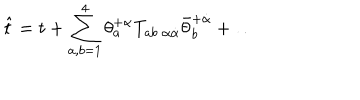
\hat { t } = t + \sum _ { a , b = 1 } ^ { 4 } \theta _ { a } ^ { + \alpha } T _ { a b \; \alpha \dot { \alpha } } \bar { \theta } _ { b } ^ { + \dot { \alpha } } + \ldots